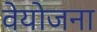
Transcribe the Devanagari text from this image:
वेयोजना